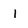
Character: 1